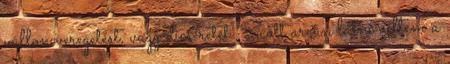
vállon veregetést, vagy dicséretet. Scott arcán látni véltem a